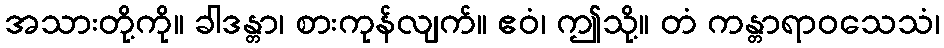
အသားတို့ကို။ ခါဒန္တာ၊ စားကုန်လျက်။ ဧဝံ၊ ဤသို့။ တံ ကန္တာရာဝသေသံ၊